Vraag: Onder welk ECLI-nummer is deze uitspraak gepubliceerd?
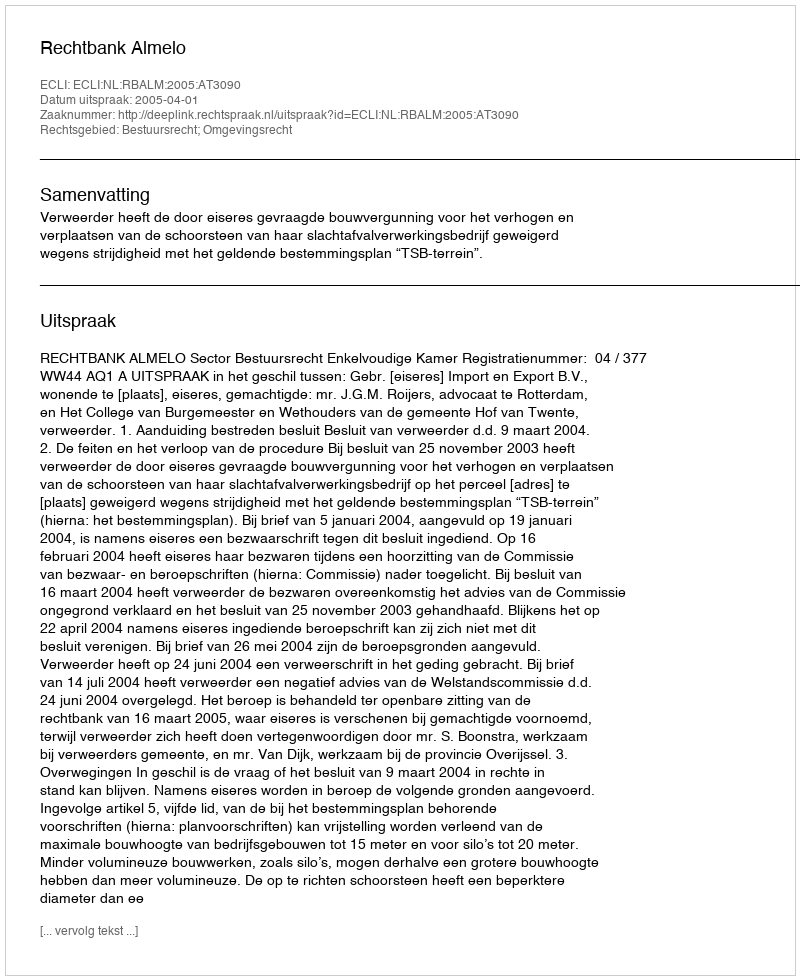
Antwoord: ECLI:NL:RBALM:2005:AT3090